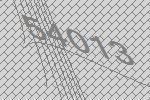
54013